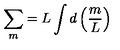
\sum _ { m } = L \int d \left( \frac { m } { L } \right)